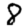
Digit: 8